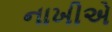
નાખીએ